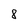
Character: 8